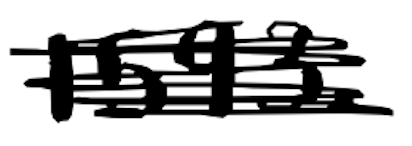
Text: 1593.
Cross-out: scratch
Writing tool: digital_black